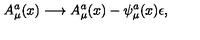
A _ { \mu } ^ { a } ( x ) \longrightarrow A _ { \mu } ^ { a } ( x ) - \psi _ { \mu } ^ { a } ( x ) \epsilon ,